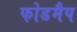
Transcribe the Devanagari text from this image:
फोडमैप